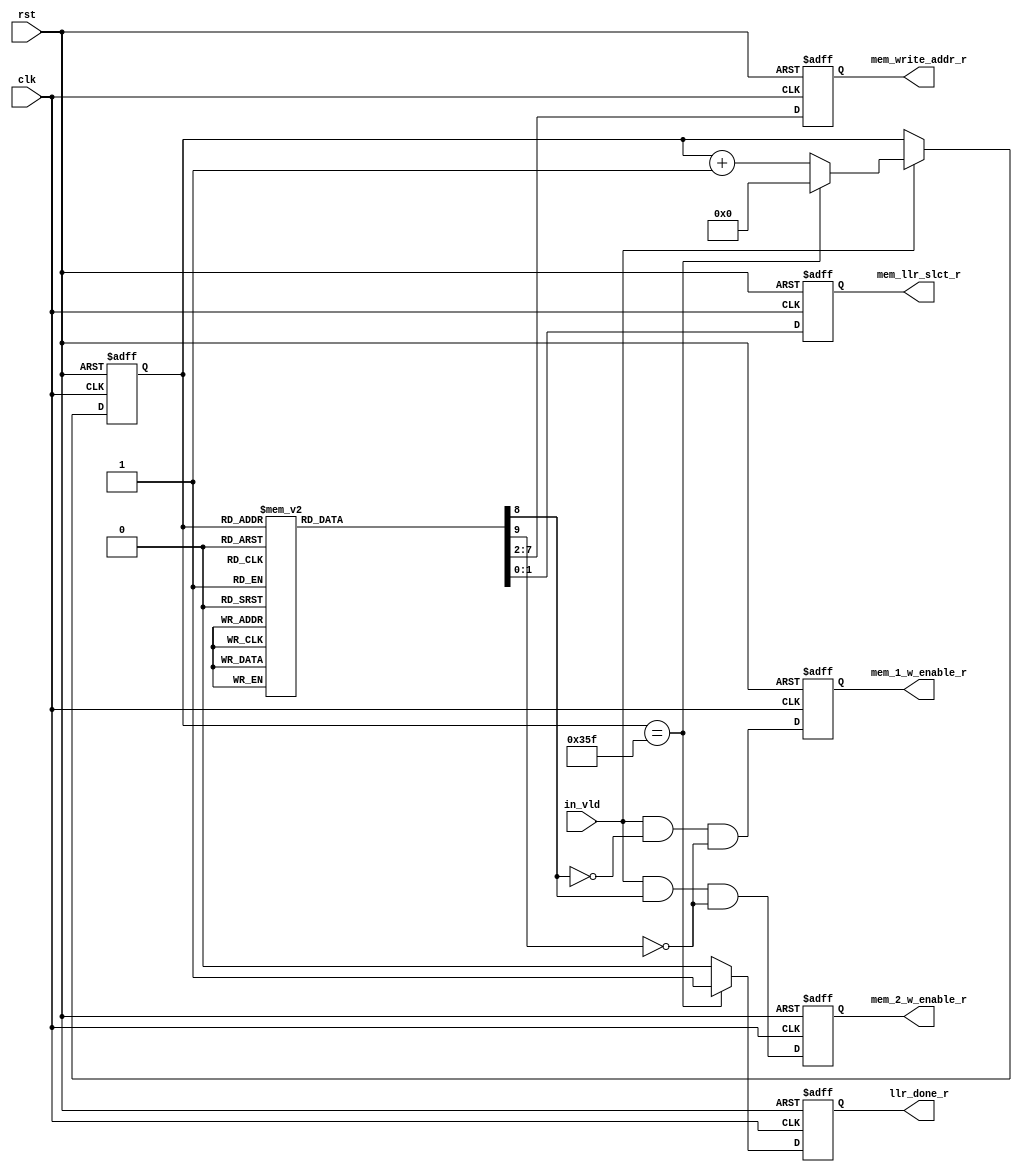
module RateMatch (
    output reg [6 -1:0] mem_write_addr_r,
    output reg [2 -1:0] mem_llr_slct_r,
    output reg          llr_done_r,
    output reg          mem_1_w_enable_r,
    output reg          mem_2_w_enable_r,
    input wire          in_vld,
    input wire          clk,
    input wire          rst
);

reg [9:0] mem_write_addr;
reg [9:0] lut_read_addr_r;
reg [9:0] lut_read_addr;
reg       llr_done;
wire      mem_1_w_enable;
wire      mem_2_w_enable;


always @(posedge clk or negedge rst) begin
    if (!rst) begin
        mem_write_addr_r <= 'd0;
        lut_read_addr_r  <= 'd0;
        llr_done_r       <= 'd0;
        mem_1_w_enable_r <= 'd0;
        mem_2_w_enable_r <= 'd0;
        mem_llr_slct_r   <= 'd0;
    end
    else begin
        mem_write_addr_r <= mem_write_addr[7:2];
        mem_llr_slct_r   <= mem_write_addr[1:0];
        llr_done_r       <= llr_done;
        mem_1_w_enable_r <= mem_1_w_enable; 
        mem_2_w_enable_r <= mem_2_w_enable; 
        if(in_vld) begin
            lut_read_addr_r <= lut_read_addr;
        end
        
    end
end

assign  mem_1_w_enable  = in_vld && !mem_write_addr[8] && !mem_write_addr[9]; //mem_write_addr[8] to select between 2 rams
assign  mem_2_w_enable  = in_vld &&  mem_write_addr[8] && !mem_write_addr[9]; //mem_write_addr[9] to decide whether the input will be stored or ignored

always @(*) begin
    llr_done = 1'b0;
    lut_read_addr = lut_read_addr_r + 'd1;


    if (lut_read_addr_r == 'd863) begin
        llr_done = 1'b1;
        lut_read_addr = 'd0;
    end

    ///////////////LUT////////////////
    case (lut_read_addr_r)
        'd0   : mem_write_addr = 'd0;
        'd1   : mem_write_addr = 'd42;
        'd2   : mem_write_addr = 'd83;
        'd3   : mem_write_addr = 'd123;
        'd4   : mem_write_addr = 'd146;
        'd5   : mem_write_addr = 'd168;
        'd6   : mem_write_addr = 'd189;
        'd7   : mem_write_addr = 'd321;
        'd8   : mem_write_addr = 'd340;
        'd9   : mem_write_addr = 'd358;
        'd10  : mem_write_addr = 'd375;
        'd11  : mem_write_addr = 'd407;
        'd12  : mem_write_addr = 'd454;
        'd13  : mem_write_addr = 'd468;
        'd14  : mem_write_addr = 'd497;
        'd15  : mem_write_addr = 'd512;
        'd16  : mem_write_addr = 'd512;
        'd17  : mem_write_addr = 'd512;
        'd18  : mem_write_addr = 'd512;
        'd19  : mem_write_addr = 'd512;
        'd20  : mem_write_addr = 'd512;
        'd21  : mem_write_addr = 'd512;
        'd22  : mem_write_addr = 'd512;
        'd23  : mem_write_addr = 'd512;
        'd24  : mem_write_addr = 'd512;
        'd25  : mem_write_addr = 'd512;
        'd26  : mem_write_addr = 'd512;
        'd27  : mem_write_addr = 'd512;
        'd28  : mem_write_addr = 'd512;
        'd29  : mem_write_addr = 'd512;
        'd30  : mem_write_addr = 'd512;
        'd31  : mem_write_addr = 'd512;
        'd32  : mem_write_addr = 'd512;
        'd33  : mem_write_addr = 'd512;
        'd34  : mem_write_addr = 'd1;
        'd35  : mem_write_addr = 'd43;
        'd36  : mem_write_addr = 'd84;
        'd37  : mem_write_addr = 'd124;
        'd38  : mem_write_addr = 'd147;
        'd39  : mem_write_addr = 'd169;
        'd40  : mem_write_addr = 'd190;
        'd41  : mem_write_addr = 'd322;
        'd42  : mem_write_addr = 'd341;
        'd43  : mem_write_addr = 'd359;
        'd44  : mem_write_addr = 'd376;
        'd45  : mem_write_addr = 'd408;
        'd46  : mem_write_addr = 'd455;
        'd47  : mem_write_addr = 'd469;
        'd48  : mem_write_addr = 'd498;
        'd49  : mem_write_addr = 'd512;
        'd50  : mem_write_addr = 'd512;
        'd51  : mem_write_addr = 'd512;
        'd52  : mem_write_addr = 'd512;
        'd53  : mem_write_addr = 'd512;
        'd54  : mem_write_addr = 'd512;
        'd55  : mem_write_addr = 'd512;
        'd56  : mem_write_addr = 'd512;
        'd57  : mem_write_addr = 'd512;
        'd58  : mem_write_addr = 'd512;
        'd59  : mem_write_addr = 'd512;
        'd60  : mem_write_addr = 'd512;
        'd61  : mem_write_addr = 'd512;
        'd62  : mem_write_addr = 'd512;
        'd63  : mem_write_addr = 'd512;
        'd64  : mem_write_addr = 'd512;
        'd65  : mem_write_addr = 'd512;
        'd66  : mem_write_addr = 'd512;
        'd67  : mem_write_addr = 'd512;
        'd68  : mem_write_addr = 'd2;
        'd69  : mem_write_addr = 'd44;
        'd70  : mem_write_addr = 'd85;
        'd71  : mem_write_addr = 'd125;
        'd72  : mem_write_addr = 'd148;
        'd73  : mem_write_addr = 'd170;
        'd74  : mem_write_addr = 'd191;
        'd75  : mem_write_addr = 'd323;
        'd76  : mem_write_addr = 'd342;
        'd77  : mem_write_addr = 'd360;
        'd78  : mem_write_addr = 'd377;
        'd79  : mem_write_addr = 'd409;
        'd80  : mem_write_addr = 'd456;
        'd81  : mem_write_addr = 'd470;
        'd82  : mem_write_addr = 'd499;
        'd83  : mem_write_addr = 'd512;
        'd84  : mem_write_addr = 'd512;
        'd85  : mem_write_addr = 'd512;
        'd86  : mem_write_addr = 'd512;
        'd87  : mem_write_addr = 'd512;
        'd88  : mem_write_addr = 'd512;
        'd89  : mem_write_addr = 'd512;
        'd90  : mem_write_addr = 'd512;
        'd91  : mem_write_addr = 'd512;
        'd92  : mem_write_addr = 'd512;
        'd93  : mem_write_addr = 'd512;
        'd94  : mem_write_addr = 'd512;
        'd95  : mem_write_addr = 'd512;
        'd96  : mem_write_addr = 'd512;
        'd97  : mem_write_addr = 'd512;
        'd98  : mem_write_addr = 'd512;
        'd99  : mem_write_addr = 'd512;
        'd100 : mem_write_addr = 'd512;
        'd101 : mem_write_addr = 'd512;
        'd102 : mem_write_addr = 'd3;
        'd103 : mem_write_addr = 'd45;
        'd104 : mem_write_addr = 'd86;
        'd105 : mem_write_addr = 'd126;
        'd106 : mem_write_addr = 'd149;
        'd107 : mem_write_addr = 'd171;
        'd108 : mem_write_addr = 'd304;
        'd109 : mem_write_addr = 'd324;
        'd110 : mem_write_addr = 'd343;
        'd111 : mem_write_addr = 'd361;
        'd112 : mem_write_addr = 'd378;
        'd113 : mem_write_addr = 'd410;
        'd114 : mem_write_addr = 'd457;
        'd115 : mem_write_addr = 'd471;
        'd116 : mem_write_addr = 'd500;
        'd117 : mem_write_addr = 'd512;
        'd118 : mem_write_addr = 'd512;
        'd119 : mem_write_addr = 'd512;
        'd120 : mem_write_addr = 'd512;
        'd121 : mem_write_addr = 'd512;
        'd122 : mem_write_addr = 'd512;
        'd123 : mem_write_addr = 'd512;
        'd124 : mem_write_addr = 'd512;
        'd125 : mem_write_addr = 'd512;
        'd126 : mem_write_addr = 'd512;
        'd127 : mem_write_addr = 'd512;
        'd128 : mem_write_addr = 'd512;
        'd129 : mem_write_addr = 'd512;
        'd130 : mem_write_addr = 'd512;
        'd131 : mem_write_addr = 'd512;
        'd132 : mem_write_addr = 'd512;
        'd133 : mem_write_addr = 'd512;
        'd134 : mem_write_addr = 'd512;
        'd135 : mem_write_addr = 'd512;
        'd136 : mem_write_addr = 'd4;
        'd137 : mem_write_addr = 'd46;
        'd138 : mem_write_addr = 'd87;
        'd139 : mem_write_addr = 'd127;
        'd140 : mem_write_addr = 'd150;
        'd141 : mem_write_addr = 'd172;
        'd142 : mem_write_addr = 'd305;
        'd143 : mem_write_addr = 'd325;
        'd144 : mem_write_addr = 'd344;
        'd145 : mem_write_addr = 'd362;
        'd146 : mem_write_addr = 'd379;
        'd147 : mem_write_addr = 'd411;
        'd148 : mem_write_addr = 'd458;
        'd149 : mem_write_addr = 'd472;
        'd150 : mem_write_addr = 'd501;
        'd151 : mem_write_addr = 'd512;
        'd152 : mem_write_addr = 'd512;
        'd153 : mem_write_addr = 'd512;
        'd154 : mem_write_addr = 'd512;
        'd155 : mem_write_addr = 'd512;
        'd156 : mem_write_addr = 'd512;
        'd157 : mem_write_addr = 'd512;
        'd158 : mem_write_addr = 'd512;
        'd159 : mem_write_addr = 'd512;
        'd160 : mem_write_addr = 'd512;
        'd161 : mem_write_addr = 'd512;
        'd162 : mem_write_addr = 'd512;
        'd163 : mem_write_addr = 'd512;
        'd164 : mem_write_addr = 'd512;
        'd165 : mem_write_addr = 'd512;
        'd166 : mem_write_addr = 'd512;
        'd167 : mem_write_addr = 'd512;
        'd168 : mem_write_addr = 'd512;
        'd169 : mem_write_addr = 'd512;//
        'd170 : mem_write_addr = 'd5;
        'd171 : mem_write_addr = 'd47;
        'd172 : mem_write_addr = 'd88;
        'd173 : mem_write_addr = 'd128;
        'd174 : mem_write_addr = 'd151;
        'd175 : mem_write_addr = 'd173;
        'd176 : mem_write_addr = 'd306;
        'd177 : mem_write_addr = 'd326;
        'd178 : mem_write_addr = 'd345;
        'd179 : mem_write_addr = 'd363;//
        'd180 : mem_write_addr = 'd380;
        'd181 : mem_write_addr = 'd412;
        'd182 : mem_write_addr = 'd459;
        'd183 : mem_write_addr = 'd473;
        'd184 : mem_write_addr = 'd502;
        'd185 : mem_write_addr = 'd512;
        'd186 : mem_write_addr = 'd512;
        'd187 : mem_write_addr = 'd512;
        'd188 : mem_write_addr = 'd512;
        'd189 : mem_write_addr = 'd512;//
        'd190 : mem_write_addr = 'd512;
        'd191 : mem_write_addr = 'd512;
        'd192 : mem_write_addr = 'd512;
        'd193 : mem_write_addr = 'd512;
        'd194 : mem_write_addr = 'd512;
        'd195 : mem_write_addr = 'd512;
        'd196 : mem_write_addr = 'd512;
        'd197 : mem_write_addr = 'd512;
        'd198 : mem_write_addr = 'd512;
        'd199 : mem_write_addr = 'd512;//
        'd200 : mem_write_addr = 'd512;
        'd201 : mem_write_addr = 'd512;
        'd202 : mem_write_addr = 'd512;
        'd203 : mem_write_addr = 'd512;
        'd204 : mem_write_addr = 'd6;
        'd205 : mem_write_addr = 'd64;
        'd206 : mem_write_addr = 'd89;
        'd207 : mem_write_addr = 'd129;
        'd208 : mem_write_addr = 'd152;
        'd209 : mem_write_addr = 'd174;//
        'd210 : mem_write_addr = 'd307;
        'd211 : mem_write_addr = 'd327;
        'd212 : mem_write_addr = 'd346;
        'd213 : mem_write_addr = 'd364;
        'd214 : mem_write_addr = 'd381;
        'd215 : mem_write_addr = 'd413;
        'd216 : mem_write_addr = 'd460;
        'd217 : mem_write_addr = 'd474;
        'd218 : mem_write_addr = 'd503;
        'd219 : mem_write_addr = 'd512;//
        'd220 : mem_write_addr = 'd512;
        'd221 : mem_write_addr = 'd512;
        'd222 : mem_write_addr = 'd512;
        'd223 : mem_write_addr = 'd512;
        'd224 : mem_write_addr = 'd512;
        'd225 : mem_write_addr = 'd512;
        'd226 : mem_write_addr = 'd512;
        'd227 : mem_write_addr = 'd512;
        'd228 : mem_write_addr = 'd512;
        'd229 : mem_write_addr = 'd512;//
        'd230 : mem_write_addr = 'd512;
        'd231 : mem_write_addr = 'd512;
        'd232 : mem_write_addr = 'd512;
        'd233 : mem_write_addr = 'd512;
        'd234 : mem_write_addr = 'd512;
        'd235 : mem_write_addr = 'd512;
        'd236 : mem_write_addr = 'd512;
        'd237 : mem_write_addr = 'd7;
        'd238 : mem_write_addr = 'd65;
        'd239 : mem_write_addr = 'd90;//
        'd240 : mem_write_addr = 'd130;
        'd241 : mem_write_addr = 'd153;
        'd242 : mem_write_addr = 'd175;
        'd243 : mem_write_addr = 'd308;
        'd244 : mem_write_addr = 'd328;
        'd245 : mem_write_addr = 'd347;
        'd246 : mem_write_addr = 'd365;
        'd247 : mem_write_addr = 'd382;
        'd248 : mem_write_addr = 'd414;
        'd249 : mem_write_addr = 'd461;//
        'd250 : mem_write_addr = 'd475;
        'd251 : mem_write_addr = 'd504;
        'd252 : mem_write_addr = 'd512;
        'd253 : mem_write_addr = 'd512;
        'd254 : mem_write_addr = 'd512;
        'd255 : mem_write_addr = 'd512;
        'd256 : mem_write_addr = 'd512;
        'd257 : mem_write_addr = 'd512;
        'd258 : mem_write_addr = 'd512;
        'd259 : mem_write_addr = 'd512;//
        'd260 : mem_write_addr = 'd512;
        'd261 : mem_write_addr = 'd512;
        'd262 : mem_write_addr = 'd512;
        'd263 : mem_write_addr = 'd512;
        'd264 : mem_write_addr = 'd512;
        'd265 : mem_write_addr = 'd512;
        'd266 : mem_write_addr = 'd512;
        'd267 : mem_write_addr = 'd512;
        'd268 : mem_write_addr = 'd512;
        'd269 : mem_write_addr = 'd512;//
        'd270 : mem_write_addr = 'd8;
        'd271 : mem_write_addr = 'd66;
        'd272 : mem_write_addr = 'd91;
        'd273 : mem_write_addr = 'd131;
        'd274 : mem_write_addr = 'd154;
        'd275 : mem_write_addr = 'd288;
        'd276 : mem_write_addr = 'd309;
        'd277 : mem_write_addr = 'd329;
        'd278 : mem_write_addr = 'd348;
        'd279 : mem_write_addr = 'd366;//
        'd280 : mem_write_addr = 'd383;
        'd281 : mem_write_addr = 'd415;
        'd282 : mem_write_addr = 'd462;
        'd283 : mem_write_addr = 'd476;
        'd284 : mem_write_addr = 'd505;
        'd285 : mem_write_addr = 'd512;
        'd286 : mem_write_addr = 'd512;
        'd287 : mem_write_addr = 'd512;
        'd288 : mem_write_addr = 'd512;
        'd289 : mem_write_addr = 'd512;//
        'd290 : mem_write_addr = 'd512;
        'd291 : mem_write_addr = 'd512;
        'd292 : mem_write_addr = 'd512;
        'd293 : mem_write_addr = 'd512;
        'd294 : mem_write_addr = 'd512;
        'd295 : mem_write_addr = 'd512;
        'd296 : mem_write_addr = 'd512;
        'd297 : mem_write_addr = 'd512;
        'd298 : mem_write_addr = 'd512;
        'd299 : mem_write_addr = 'd512;//
        'd300 : mem_write_addr = 'd512;
        'd301 : mem_write_addr = 'd512;
        'd302 : mem_write_addr = 'd512;
        'd303 : mem_write_addr = 'd9;
        'd304 : mem_write_addr = 'd67;
        'd305 : mem_write_addr = 'd92;
        'd306 : mem_write_addr = 'd132;
        'd307 : mem_write_addr = 'd155;
        'd308 : mem_write_addr = 'd289;
        'd309 : mem_write_addr = 'd310;//
        'd310 : mem_write_addr = 'd330;
        'd311 : mem_write_addr = 'd349;
        'd312 : mem_write_addr = 'd367;
        'd313 : mem_write_addr = 'd384;
        'd314 : mem_write_addr = 'd416;
        'd315 : mem_write_addr = 'd463;
        'd316 : mem_write_addr = 'd477;
        'd317 : mem_write_addr = 'd506;
        'd318 : mem_write_addr = 'd512;
        'd319 : mem_write_addr = 'd512;//
        'd320 : mem_write_addr = 'd512;
        'd321 : mem_write_addr = 'd512;
        'd322 : mem_write_addr = 'd512;
        'd323 : mem_write_addr = 'd512;
        'd324 : mem_write_addr = 'd512;
        'd325 : mem_write_addr = 'd512;
        'd326 : mem_write_addr = 'd512;
        'd327 : mem_write_addr = 'd512;
        'd328 : mem_write_addr = 'd512;
        'd329 : mem_write_addr = 'd512;//
        'd330 : mem_write_addr = 'd512;
        'd331 : mem_write_addr = 'd512;
        'd332 : mem_write_addr = 'd512;
        'd333 : mem_write_addr = 'd512;
        'd334 : mem_write_addr = 'd512;
        'd335 : mem_write_addr = 'd512;
        'd336 : mem_write_addr = 'd10;
        'd337 : mem_write_addr = 'd68;
        'd338 : mem_write_addr = 'd93;
        'd339 : mem_write_addr = 'd133;//
        'd340 : mem_write_addr = 'd156;
        'd341 : mem_write_addr = 'd290;
        'd342 : mem_write_addr = 'd311;
        'd343 : mem_write_addr = 'd331;
        'd344 : mem_write_addr = 'd350;
        'd345 : mem_write_addr = 'd240;
        'd346 : mem_write_addr = 'd385;
        'd347 : mem_write_addr = 'd417;
        'd348 : mem_write_addr = 'd432;
        'd349 : mem_write_addr = 'd478;//
        'd350 : mem_write_addr = 'd507;
        'd351 : mem_write_addr = 'd512;
        'd352 : mem_write_addr = 'd512;
        'd353 : mem_write_addr = 'd512;
        'd354 : mem_write_addr = 'd512;
        'd355 : mem_write_addr = 'd512;
        'd356 : mem_write_addr = 'd512;
        'd357 : mem_write_addr = 'd512;
        'd358 : mem_write_addr = 'd512;
        'd359 : mem_write_addr = 'd512;//
        'd360 : mem_write_addr = 'd512;
        'd361 : mem_write_addr = 'd512;
        'd362 : mem_write_addr = 'd512;
        'd363 : mem_write_addr = 'd512;
        'd364 : mem_write_addr = 'd512;
        'd365 : mem_write_addr = 'd512;
        'd366 : mem_write_addr = 'd512;
        'd367 : mem_write_addr = 'd512;
        'd368 : mem_write_addr = 'd11;
        'd369 : mem_write_addr = 'd69;//
        'd370 : mem_write_addr = 'd94;
        'd371 : mem_write_addr = 'd134;
        'd372 : mem_write_addr = 'd157;
        'd373 : mem_write_addr = 'd291;
        'd374 : mem_write_addr = 'd312;
        'd375 : mem_write_addr = 'd332;
        'd376 : mem_write_addr = 'd351;
        'd377 : mem_write_addr = 'd241;
        'd378 : mem_write_addr = 'd386;
        'd379 : mem_write_addr = 'd418;//
        'd380 : mem_write_addr = 'd433;
        'd381 : mem_write_addr = 'd479;
        'd382 : mem_write_addr = 'd508;
        'd383 : mem_write_addr = 'd512;
        'd384 : mem_write_addr = 'd512;
        'd385 : mem_write_addr = 'd512;
        'd386 : mem_write_addr = 'd512;
        'd387 : mem_write_addr = 'd512;
        'd388 : mem_write_addr = 'd512;
        'd389 : mem_write_addr = 'd512;//
        'd390 : mem_write_addr = 'd512;
        'd391 : mem_write_addr = 'd512;
        'd392 : mem_write_addr = 'd512;
        'd393 : mem_write_addr = 'd512;
        'd394 : mem_write_addr = 'd512;
        'd395 : mem_write_addr = 'd512;
        'd396 : mem_write_addr = 'd512;
        'd397 : mem_write_addr = 'd512;
        'd398 : mem_write_addr = 'd512;
        'd399 : mem_write_addr = 'd12;//
        'd400 : mem_write_addr = 'd70;
        'd401 : mem_write_addr = 'd95;
        'd402 : mem_write_addr = 'd135;
        'd403 : mem_write_addr = 'd158;
        'd404 : mem_write_addr = 'd292;
        'd405 : mem_write_addr = 'd313;
        'd406 : mem_write_addr = 'd333;
        'd407 : mem_write_addr = 'd224;
        'd408 : mem_write_addr = 'd242;
        'd409 : mem_write_addr = 'd387;//
        'd410 : mem_write_addr = 'd419;
        'd411 : mem_write_addr = 'd434;
        'd412 : mem_write_addr = 'd480;
        'd413 : mem_write_addr = 'd509;
        'd414 : mem_write_addr = 'd512;
        'd415 : mem_write_addr = 'd512;
        'd416 : mem_write_addr = 'd512;
        'd417 : mem_write_addr = 'd512;
        'd418 : mem_write_addr = 'd512;
        'd419 : mem_write_addr = 'd512;//
        'd420 : mem_write_addr = 'd512;
        'd421 : mem_write_addr = 'd512;
        'd422 : mem_write_addr = 'd512;
        'd423 : mem_write_addr = 'd512;
        'd424 : mem_write_addr = 'd512;
        'd425 : mem_write_addr = 'd512;
        'd426 : mem_write_addr = 'd512;
        'd427 : mem_write_addr = 'd512;
        'd428 : mem_write_addr = 'd512;
        'd429 : mem_write_addr = 'd13;//
        'd430 : mem_write_addr = 'd71;
        'd431 : mem_write_addr = 'd96;
        'd432 : mem_write_addr = 'd136;
        'd433 : mem_write_addr = 'd159;
        'd434 : mem_write_addr = 'd293;
        'd435 : mem_write_addr = 'd314;
        'd436 : mem_write_addr = 'd334;
        'd437 : mem_write_addr = 'd225;
        'd438 : mem_write_addr = 'd243;
        'd439 : mem_write_addr = 'd388;//
        'd440 : mem_write_addr = 'd420;
        'd441 : mem_write_addr = 'd435;
        'd442 : mem_write_addr = 'd481;
        'd443 : mem_write_addr = 'd510;
        'd444 : mem_write_addr = 'd512;
        'd445 : mem_write_addr = 'd512;
        'd446 : mem_write_addr = 'd512;
        'd447 : mem_write_addr = 'd512;
        'd448 : mem_write_addr = 'd512;
        'd449 : mem_write_addr = 'd512;//
        'd450 : mem_write_addr = 'd512;
        'd451 : mem_write_addr = 'd512;
        'd452 : mem_write_addr = 'd512;
        'd453 : mem_write_addr = 'd512;
        'd454 : mem_write_addr = 'd512;
        'd455 : mem_write_addr = 'd512;
        'd456 : mem_write_addr = 'd512;
        'd457 : mem_write_addr = 'd512;
        'd458 : mem_write_addr = 'd14;
        'd459 : mem_write_addr = 'd72;//
        'd460 : mem_write_addr = 'd97;
        'd461 : mem_write_addr = 'd137;
        'd462 : mem_write_addr = 'd272;
        'd463 : mem_write_addr = 'd294;
        'd464 : mem_write_addr = 'd315;
        'd465 : mem_write_addr = 'd335;
        'd466 : mem_write_addr = 'd226;
        'd467 : mem_write_addr = 'd244;
        'd468 : mem_write_addr = 'd389;
        'd469 : mem_write_addr = 'd421;//  
        'd470 : mem_write_addr = 'd436;
        'd471 : mem_write_addr = 'd482;
        'd472 : mem_write_addr = 'd511;
        'd473 : mem_write_addr = 'd512;
        'd474 : mem_write_addr = 'd512;
        'd475 : mem_write_addr = 'd512;
        'd476 : mem_write_addr = 'd512;
        'd477 : mem_write_addr = 'd512;
        'd478 : mem_write_addr = 'd512;
        'd479 : mem_write_addr = 'd512;//
        'd480 : mem_write_addr = 'd512;
        'd481 : mem_write_addr = 'd512;
        'd482 : mem_write_addr = 'd512;
        'd483 : mem_write_addr = 'd512;
        'd484 : mem_write_addr = 'd512;
        'd485 : mem_write_addr = 'd512;
        'd486 : mem_write_addr = 'd15;
        'd487 : mem_write_addr = 'd73;
        'd488 : mem_write_addr = 'd98;
        'd489 : mem_write_addr = 'd138;//
        'd490 : mem_write_addr = 'd273;
        'd491 : mem_write_addr = 'd295;
        'd492 : mem_write_addr = 'd316;
        'd493 : mem_write_addr = 'd208;
        'd494 : mem_write_addr = 'd227;
        'd495 : mem_write_addr = 'd245;
        'd496 : mem_write_addr = 'd390;
        'd497 : mem_write_addr = 'd422;
        'd498 : mem_write_addr = 'd437;
        'd499 : mem_write_addr = 'd483;//
        'd500 : mem_write_addr = 'd512;
        'd501 : mem_write_addr = 'd512;
        'd502 : mem_write_addr = 'd512;
        'd503 : mem_write_addr = 'd512;
        'd504 : mem_write_addr = 'd512;
        'd505 : mem_write_addr = 'd512;
        'd506 : mem_write_addr = 'd512;
        'd507 : mem_write_addr = 'd512;
        'd508 : mem_write_addr = 'd512;
        'd509 : mem_write_addr = 'd512;//
        'd510 : mem_write_addr = 'd512;
        'd511 : mem_write_addr = 'd512;
        'd512 : mem_write_addr = 'd512;
        'd513 : mem_write_addr = 'd16;
        'd514 : mem_write_addr = 'd74;
        'd515 : mem_write_addr = 'd99;
        'd516 : mem_write_addr = 'd139;
        'd517 : mem_write_addr = 'd274;
        'd518 : mem_write_addr = 'd296;
        'd519 : mem_write_addr = 'd317;//
        'd520 : mem_write_addr = 'd209;
        'd521 : mem_write_addr = 'd228;
        'd522 : mem_write_addr = 'd246;
        'd523 : mem_write_addr = 'd391;
        'd524 : mem_write_addr = 'd423;
        'd525 : mem_write_addr = 'd438;
        'd526 : mem_write_addr = 'd484;
        'd527 : mem_write_addr = 'd512;
        'd528 : mem_write_addr = 'd512;
        'd529 : mem_write_addr = 'd512;//
        'd530 : mem_write_addr = 'd512;
        'd531 : mem_write_addr = 'd512;
        'd532 : mem_write_addr = 'd512;
        'd533 : mem_write_addr = 'd512;
        'd534 : mem_write_addr = 'd512;
        'd535 : mem_write_addr = 'd512;
        'd536 : mem_write_addr = 'd512;
        'd537 : mem_write_addr = 'd512;
        'd538 : mem_write_addr = 'd512;
        'd539 : mem_write_addr = 'd17;//  
        'd540 : mem_write_addr = 'd75;
        'd541 : mem_write_addr = 'd100;
        'd542 : mem_write_addr = 'd140;
        'd543 : mem_write_addr = 'd275;
        'd544 : mem_write_addr = 'd297;
        'd545 : mem_write_addr = 'd318;
        'd546 : mem_write_addr = 'd210;
        'd547 : mem_write_addr = 'd229;
        'd548 : mem_write_addr = 'd247;
        'd549 : mem_write_addr = 'd392;//
        'd550 : mem_write_addr = 'd424;
        'd551 : mem_write_addr = 'd439;
        'd552 : mem_write_addr = 'd485;
        'd553 : mem_write_addr = 'd512;
        'd554 : mem_write_addr = 'd512;
        'd555 : mem_write_addr = 'd512;
        'd556 : mem_write_addr = 'd512;
        'd557 : mem_write_addr = 'd512;
        'd558 : mem_write_addr = 'd512;
        'd559 : mem_write_addr = 'd512;//
        'd560 : mem_write_addr = 'd512;
        'd561 : mem_write_addr = 'd512;
        'd562 : mem_write_addr = 'd512;
        'd563 : mem_write_addr = 'd512;
        'd564 : mem_write_addr = 'd18;
        'd565 : mem_write_addr = 'd76;
        'd566 : mem_write_addr = 'd101;
        'd567 : mem_write_addr = 'd141;
        'd568 : mem_write_addr = 'd276;
        'd569 : mem_write_addr = 'd298;//
        'd570 : mem_write_addr = 'd319;
        'd571 : mem_write_addr = 'd211;
        'd572 : mem_write_addr = 'd230;
        'd573 : mem_write_addr = 'd248;
        'd574 : mem_write_addr = 'd393;
        'd575 : mem_write_addr = 'd425;
        'd576 : mem_write_addr = 'd440;
        'd577 : mem_write_addr = 'd486;
        'd578 : mem_write_addr = 'd512;
        'd579 : mem_write_addr = 'd512;// 
        'd580 : mem_write_addr = 'd512;
        'd581 : mem_write_addr = 'd512;
        'd582 : mem_write_addr = 'd512;
        'd583 : mem_write_addr = 'd512;
        'd584 : mem_write_addr = 'd512;
        'd585 : mem_write_addr = 'd512;
        'd586 : mem_write_addr = 'd512;
        'd587 : mem_write_addr = 'd512;
        'd588 : mem_write_addr = 'd19;
        'd589 : mem_write_addr = 'd77;//
        'd590 : mem_write_addr = 'd102;
        'd591 : mem_write_addr = 'd142;
        'd592 : mem_write_addr = 'd277;
        'd593 : mem_write_addr = 'd299;
        'd594 : mem_write_addr = 'd192;
        'd595 : mem_write_addr = 'd212;
        'd596 : mem_write_addr = 'd231;
        'd597 : mem_write_addr = 'd249;
        'd598 : mem_write_addr = 'd394;
        'd599 : mem_write_addr = 'd426;//
        'd600 : mem_write_addr = 'd441;
        'd601 : mem_write_addr = 'd487;
        'd602 : mem_write_addr = 'd512;
        'd603 : mem_write_addr = 'd512;
        'd604 : mem_write_addr = 'd512;
        'd605 : mem_write_addr = 'd512;
        'd606 : mem_write_addr = 'd512;
        'd607 : mem_write_addr = 'd512;
        'd608 : mem_write_addr = 'd512;
        'd609 : mem_write_addr = 'd512;//
        'd610 : mem_write_addr = 'd512;
        'd611 : mem_write_addr = 'd20;
        'd612 : mem_write_addr = 'd78;
        'd613 : mem_write_addr = 'd103;
        'd614 : mem_write_addr = 'd143;
        'd615 : mem_write_addr = 'd278;
        'd616 : mem_write_addr = 'd300;
        'd617 : mem_write_addr = 'd193;
        'd618 : mem_write_addr = 'd213;
        'd619 : mem_write_addr = 'd232;// 
        'd620 : mem_write_addr = 'd250;
        'd621 : mem_write_addr = 'd395;
        'd622 : mem_write_addr = 'd427;
        'd623 : mem_write_addr = 'd442;
        'd624 : mem_write_addr = 'd488;
        'd625 : mem_write_addr = 'd512;
        'd626 : mem_write_addr = 'd512;
        'd627 : mem_write_addr = 'd512;
        'd628 : mem_write_addr = 'd512;
        'd629 : mem_write_addr = 'd512;//
        'd630 : mem_write_addr = 'd512;
        'd631 : mem_write_addr = 'd512;
        'd632 : mem_write_addr = 'd512;
        'd633 : mem_write_addr = 'd21;
        'd634 : mem_write_addr = 'd79;
        'd635 : mem_write_addr = 'd104;
        'd636 : mem_write_addr = 'd256;
        'd637 : mem_write_addr = 'd279;
        'd638 : mem_write_addr = 'd301;
        'd639 : mem_write_addr = 'd194;//
        'd640 : mem_write_addr = 'd214;
        'd641 : mem_write_addr = 'd233;
        'd642 : mem_write_addr = 'd251;
        'd643 : mem_write_addr = 'd396;
        'd644 : mem_write_addr = 'd428;
        'd645 : mem_write_addr = 'd443;
        'd646 : mem_write_addr = 'd489;
        'd647 : mem_write_addr = 'd512;
        'd648 : mem_write_addr = 'd512;
        'd649 : mem_write_addr = 'd512;//
        'd650 : mem_write_addr = 'd512;
        'd651 : mem_write_addr = 'd512;
        'd652 : mem_write_addr = 'd512;
        'd653 : mem_write_addr = 'd512;
        'd654 : mem_write_addr = 'd22;
        'd655 : mem_write_addr = 'd48;
        'd656 : mem_write_addr = 'd105;
        'd657 : mem_write_addr = 'd257;
        'd658 : mem_write_addr = 'd280;
        'd659 : mem_write_addr = 'd302;// 
        'd660 : mem_write_addr = 'd195;
        'd661 : mem_write_addr = 'd215;
        'd662 : mem_write_addr = 'd234;
        'd663 : mem_write_addr = 'd252;
        'd664 : mem_write_addr = 'd397;
        'd665 : mem_write_addr = 'd429;
        'd666 : mem_write_addr = 'd444;
        'd667 : mem_write_addr = 'd490;
        'd668 : mem_write_addr = 'd512;
        'd669 : mem_write_addr = 'd512;//
        'd670 : mem_write_addr = 'd512;
        'd671 : mem_write_addr = 'd512;
        'd672 : mem_write_addr = 'd512;
        'd673 : mem_write_addr = 'd512;
        'd674 : mem_write_addr = 'd23;
        'd675 : mem_write_addr = 'd49;
        'd676 : mem_write_addr = 'd106;
        'd677 : mem_write_addr = 'd258;
        'd678 : mem_write_addr = 'd281;
        'd679 : mem_write_addr = 'd303;// 
        'd680 : mem_write_addr = 'd196;
        'd681 : mem_write_addr = 'd216;
        'd682 : mem_write_addr = 'd235;
        'd683 : mem_write_addr = 'd253;
        'd684 : mem_write_addr = 'd398;
        'd685 : mem_write_addr = 'd430;
        'd686 : mem_write_addr = 'd445;
        'd687 : mem_write_addr = 'd491;
        'd688 : mem_write_addr = 'd512;
        'd689 : mem_write_addr = 'd512;//
        'd690 : mem_write_addr = 'd512;
        'd691 : mem_write_addr = 'd512;
        'd692 : mem_write_addr = 'd512;
        'd693 : mem_write_addr = 'd24;
        'd694 : mem_write_addr = 'd50;
        'd695 : mem_write_addr = 'd107;
        'd696 : mem_write_addr = 'd259;
        'd697 : mem_write_addr = 'd282;
        'd698 : mem_write_addr = 'd176;
        'd699 : mem_write_addr = 'd197;//
        'd700 : mem_write_addr = 'd217;
        'd701 : mem_write_addr = 'd236;
        'd702 : mem_write_addr = 'd254;
        'd703 : mem_write_addr = 'd399;
        'd704 : mem_write_addr = 'd431;
        'd705 : mem_write_addr = 'd446;
        'd706 : mem_write_addr = 'd492;
        'd707 : mem_write_addr = 'd512;
        'd708 : mem_write_addr = 'd512;
        'd709 : mem_write_addr = 'd512;//
        'd710 : mem_write_addr = 'd512;
        'd711 : mem_write_addr = 'd25;
        'd712 : mem_write_addr = 'd51;
        'd713 : mem_write_addr = 'd108;
        'd714 : mem_write_addr = 'd260;
        'd715 : mem_write_addr = 'd283;
        'd716 : mem_write_addr = 'd177;
        'd717 : mem_write_addr = 'd198;
        'd718 : mem_write_addr = 'd218;
        'd719 : mem_write_addr = 'd237;// 
        'd720 : mem_write_addr = 'd255;
        'd721 : mem_write_addr = 'd400;
        'd722 : mem_write_addr = 'd448;
        'd723 : mem_write_addr = 'd447;
        'd724 : mem_write_addr = 'd493;
        'd725 : mem_write_addr = 'd512;
        'd726 : mem_write_addr = 'd512;
        'd727 : mem_write_addr = 'd512;
        'd728 : mem_write_addr = 'd26;
        'd729 : mem_write_addr = 'd52;//
        'd730 : mem_write_addr = 'd109;
        'd731 : mem_write_addr = 'd261;
        'd732 : mem_write_addr = 'd284;
        'd733 : mem_write_addr = 'd178;
        'd734 : mem_write_addr = 'd199;
        'd735 : mem_write_addr = 'd219;
        'd736 : mem_write_addr = 'd238;
        'd737 : mem_write_addr = 'd368;
        'd738 : mem_write_addr = 'd401;
        'd739 : mem_write_addr = 'd449;// 
        'd740 : mem_write_addr = 'd464;
        'd741 : mem_write_addr = 'd494;
        'd742 : mem_write_addr = 'd512;
        'd743 : mem_write_addr = 'd512;
        'd744 : mem_write_addr = 'd27;
        'd745 : mem_write_addr = 'd53;
        'd746 : mem_write_addr = 'd110;
        'd747 : mem_write_addr = 'd262;
        'd748 : mem_write_addr = 'd285;
        'd749 : mem_write_addr = 'd179;//
        'd750 : mem_write_addr = 'd200;
        'd751 : mem_write_addr = 'd220;
        'd752 : mem_write_addr = 'd239;
        'd753 : mem_write_addr = 'd369;
        'd754 : mem_write_addr = 'd402;
        'd755 : mem_write_addr = 'd450;
        'd756 : mem_write_addr = 'd465;
        'd757 : mem_write_addr = 'd495;
        'd758 : mem_write_addr = 'd512;
        'd759 : mem_write_addr = 'd28;//
        'd760 : mem_write_addr = 'd54;
        'd761 : mem_write_addr = 'd111;
        'd762 : mem_write_addr = 'd263;
        'd763 : mem_write_addr = 'd286;
        'd764 : mem_write_addr = 'd180;
        'd765 : mem_write_addr = 'd201;
        'd766 : mem_write_addr = 'd221;
        'd767 : mem_write_addr = 'd352;
        'd768 : mem_write_addr = 'd370;
        'd769 : mem_write_addr = 'd403;//
        'd770 : mem_write_addr = 'd451;
        'd771 : mem_write_addr = 'd466;
        'd772 : mem_write_addr = 'd496;
        'd773 : mem_write_addr = 'd29;
        'd774 : mem_write_addr = 'd55;
        'd775 : mem_write_addr = 'd112;
        'd776 : mem_write_addr = 'd264;
        'd777 : mem_write_addr = 'd287;
        'd778 : mem_write_addr = 'd181;
        'd779 : mem_write_addr = 'd202;// 
        'd780 : mem_write_addr = 'd222;
        'd781 : mem_write_addr = 'd353;
        'd782 : mem_write_addr = 'd371;
        'd783 : mem_write_addr = 'd404;
        'd784 : mem_write_addr = 'd452;
        'd785 : mem_write_addr = 'd467;
        'd786 : mem_write_addr = 'd30;
        'd787 : mem_write_addr = 'd56;
        'd788 : mem_write_addr = 'd113;
        'd789 : mem_write_addr = 'd265;//
        'd790 : mem_write_addr = 'd160;
        'd791 : mem_write_addr = 'd182;
        'd792 : mem_write_addr = 'd203;
        'd793 : mem_write_addr = 'd223;
        'd794 : mem_write_addr = 'd354;
        'd795 : mem_write_addr = 'd372;
        'd796 : mem_write_addr = 'd405;
        'd797 : mem_write_addr = 'd453;
        'd798 : mem_write_addr = 'd31;
        'd799 : mem_write_addr = 'd57;// 
        'd800 : mem_write_addr = 'd114;
        'd801 : mem_write_addr = 'd266;
        'd802 : mem_write_addr = 'd161;
        'd803 : mem_write_addr = 'd183;
        'd804 : mem_write_addr = 'd204;
        'd805 : mem_write_addr = 'd336;
        'd806 : mem_write_addr = 'd355;
        'd807 : mem_write_addr = 'd373;
        'd808 : mem_write_addr = 'd406;
        'd809 : mem_write_addr = 'd32;//
        'd810 : mem_write_addr = 'd58;
        'd811 : mem_write_addr = 'd115;
        'd812 : mem_write_addr = 'd267;
        'd813 : mem_write_addr = 'd162;
        'd814 : mem_write_addr = 'd184;
        'd815 : mem_write_addr = 'd205;
        'd816 : mem_write_addr = 'd337;
        'd817 : mem_write_addr = 'd356;
        'd818 : mem_write_addr = 'd374;
        'd819 : mem_write_addr = 'd33;//
        'd820 : mem_write_addr = 'd59;
        'd821 : mem_write_addr = 'd116;
        'd822 : mem_write_addr = 'd268;
        'd823 : mem_write_addr = 'd163;
        'd824 : mem_write_addr = 'd185;
        'd825 : mem_write_addr = 'd206;
        'd826 : mem_write_addr = 'd338;
        'd827 : mem_write_addr = 'd357;
        'd828 : mem_write_addr = 'd34;
        'd829 : mem_write_addr = 'd60;//
        'd830 : mem_write_addr = 'd117;
        'd831 : mem_write_addr = 'd269;
        'd832 : mem_write_addr = 'd164;
        'd833 : mem_write_addr = 'd186;
        'd834 : mem_write_addr = 'd207;
        'd835 : mem_write_addr = 'd339;
        'd836 : mem_write_addr = 'd35;
        'd837 : mem_write_addr = 'd61;
        'd838 : mem_write_addr = 'd118;
        'd839 : mem_write_addr = 'd270;// 
        'd840 : mem_write_addr = 'd165;
        'd841 : mem_write_addr = 'd187;
        'd842 : mem_write_addr = 'd320;
        'd843 : mem_write_addr = 'd36;
        'd844 : mem_write_addr = 'd62;
        'd845 : mem_write_addr = 'd119;
        'd846 : mem_write_addr = 'd271;
        'd847 : mem_write_addr = 'd166;
        'd848 : mem_write_addr = 'd188;
        'd849 : mem_write_addr = 'd37;// 
        'd850 : mem_write_addr = 'd63;
        'd851 : mem_write_addr = 'd120;
        'd852 : mem_write_addr = 'd144;
        'd853 : mem_write_addr = 'd167;
        'd854 : mem_write_addr = 'd38;
        'd855 : mem_write_addr = 'd80;
        'd856 : mem_write_addr = 'd121;
        'd857 : mem_write_addr = 'd145;
        'd858 : mem_write_addr = 'd39;
        'd859 : mem_write_addr = 'd81;// 
        'd860 : mem_write_addr = 'd122;
        'd861 : mem_write_addr = 'd40;
        'd862 : mem_write_addr = 'd82;
        'd863 : mem_write_addr = 'd41;
        default: mem_write_addr = 'd512;
    endcase
    
end
endmodule